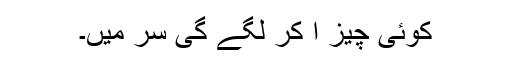
کوئی چیز آ کر لگے گی سر میں۔